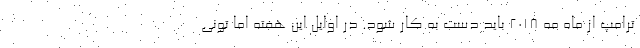
ترامپ از ماه مه ۲۰۱۸ باید دست به کار شود. در اوایل این هفته اما تونی